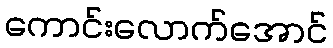
ကောင်းလောက်အောင်